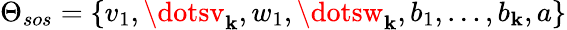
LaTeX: \Theta_{sos}=\{ v_{1},\dotsv_{\mathbf{k}},w_{1},\dotsw_{\mathbf{k}},b_{1},\dots,b_{\mathbf{k}},a\}